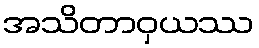
အသိတာဝှယဿ